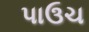
પાઉચ